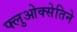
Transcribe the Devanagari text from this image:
फ्लुओक्सेतिने